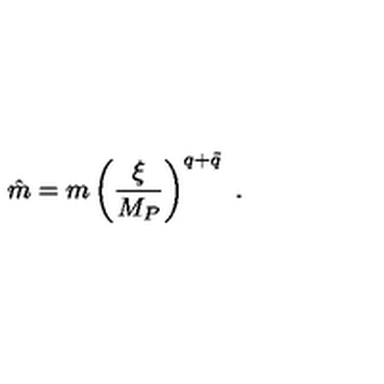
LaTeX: \hat { m } = m \left( { \frac { \xi } { M _ { P } } } \right) ^ { q + \tilde { q } } \ .